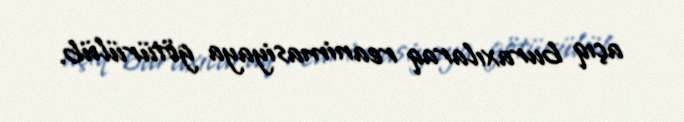
açıq buraxılaraq reanimasiyaya götürülüb.